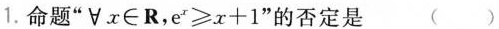
1.命题”\forall x\in R，$$e ^ { x } ≥ x + 1$$”的否定是 ( )